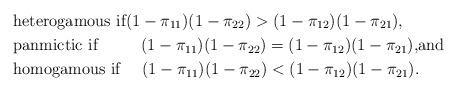
LaTeX: \begin{align*}&\mbox{heterogamous if$(1-\pi_{11})(1-\pi_{22}) > (1-\pi_{12})(1-\pi_{21})$,}\\&\mbox{panmictic if\qquad\ \ $(1-\pi_{11})(1-\pi_{22}) = (1-\pi_{12})(1-\pi_{21})$,and}\\&\mbox{homogamous if\quad\ $(1-\pi_{11})(1-\pi_{22}) < (1-\pi_{12})(1-\pi_{21})$.}\end{align*}